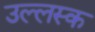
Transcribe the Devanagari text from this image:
उल्लस्क